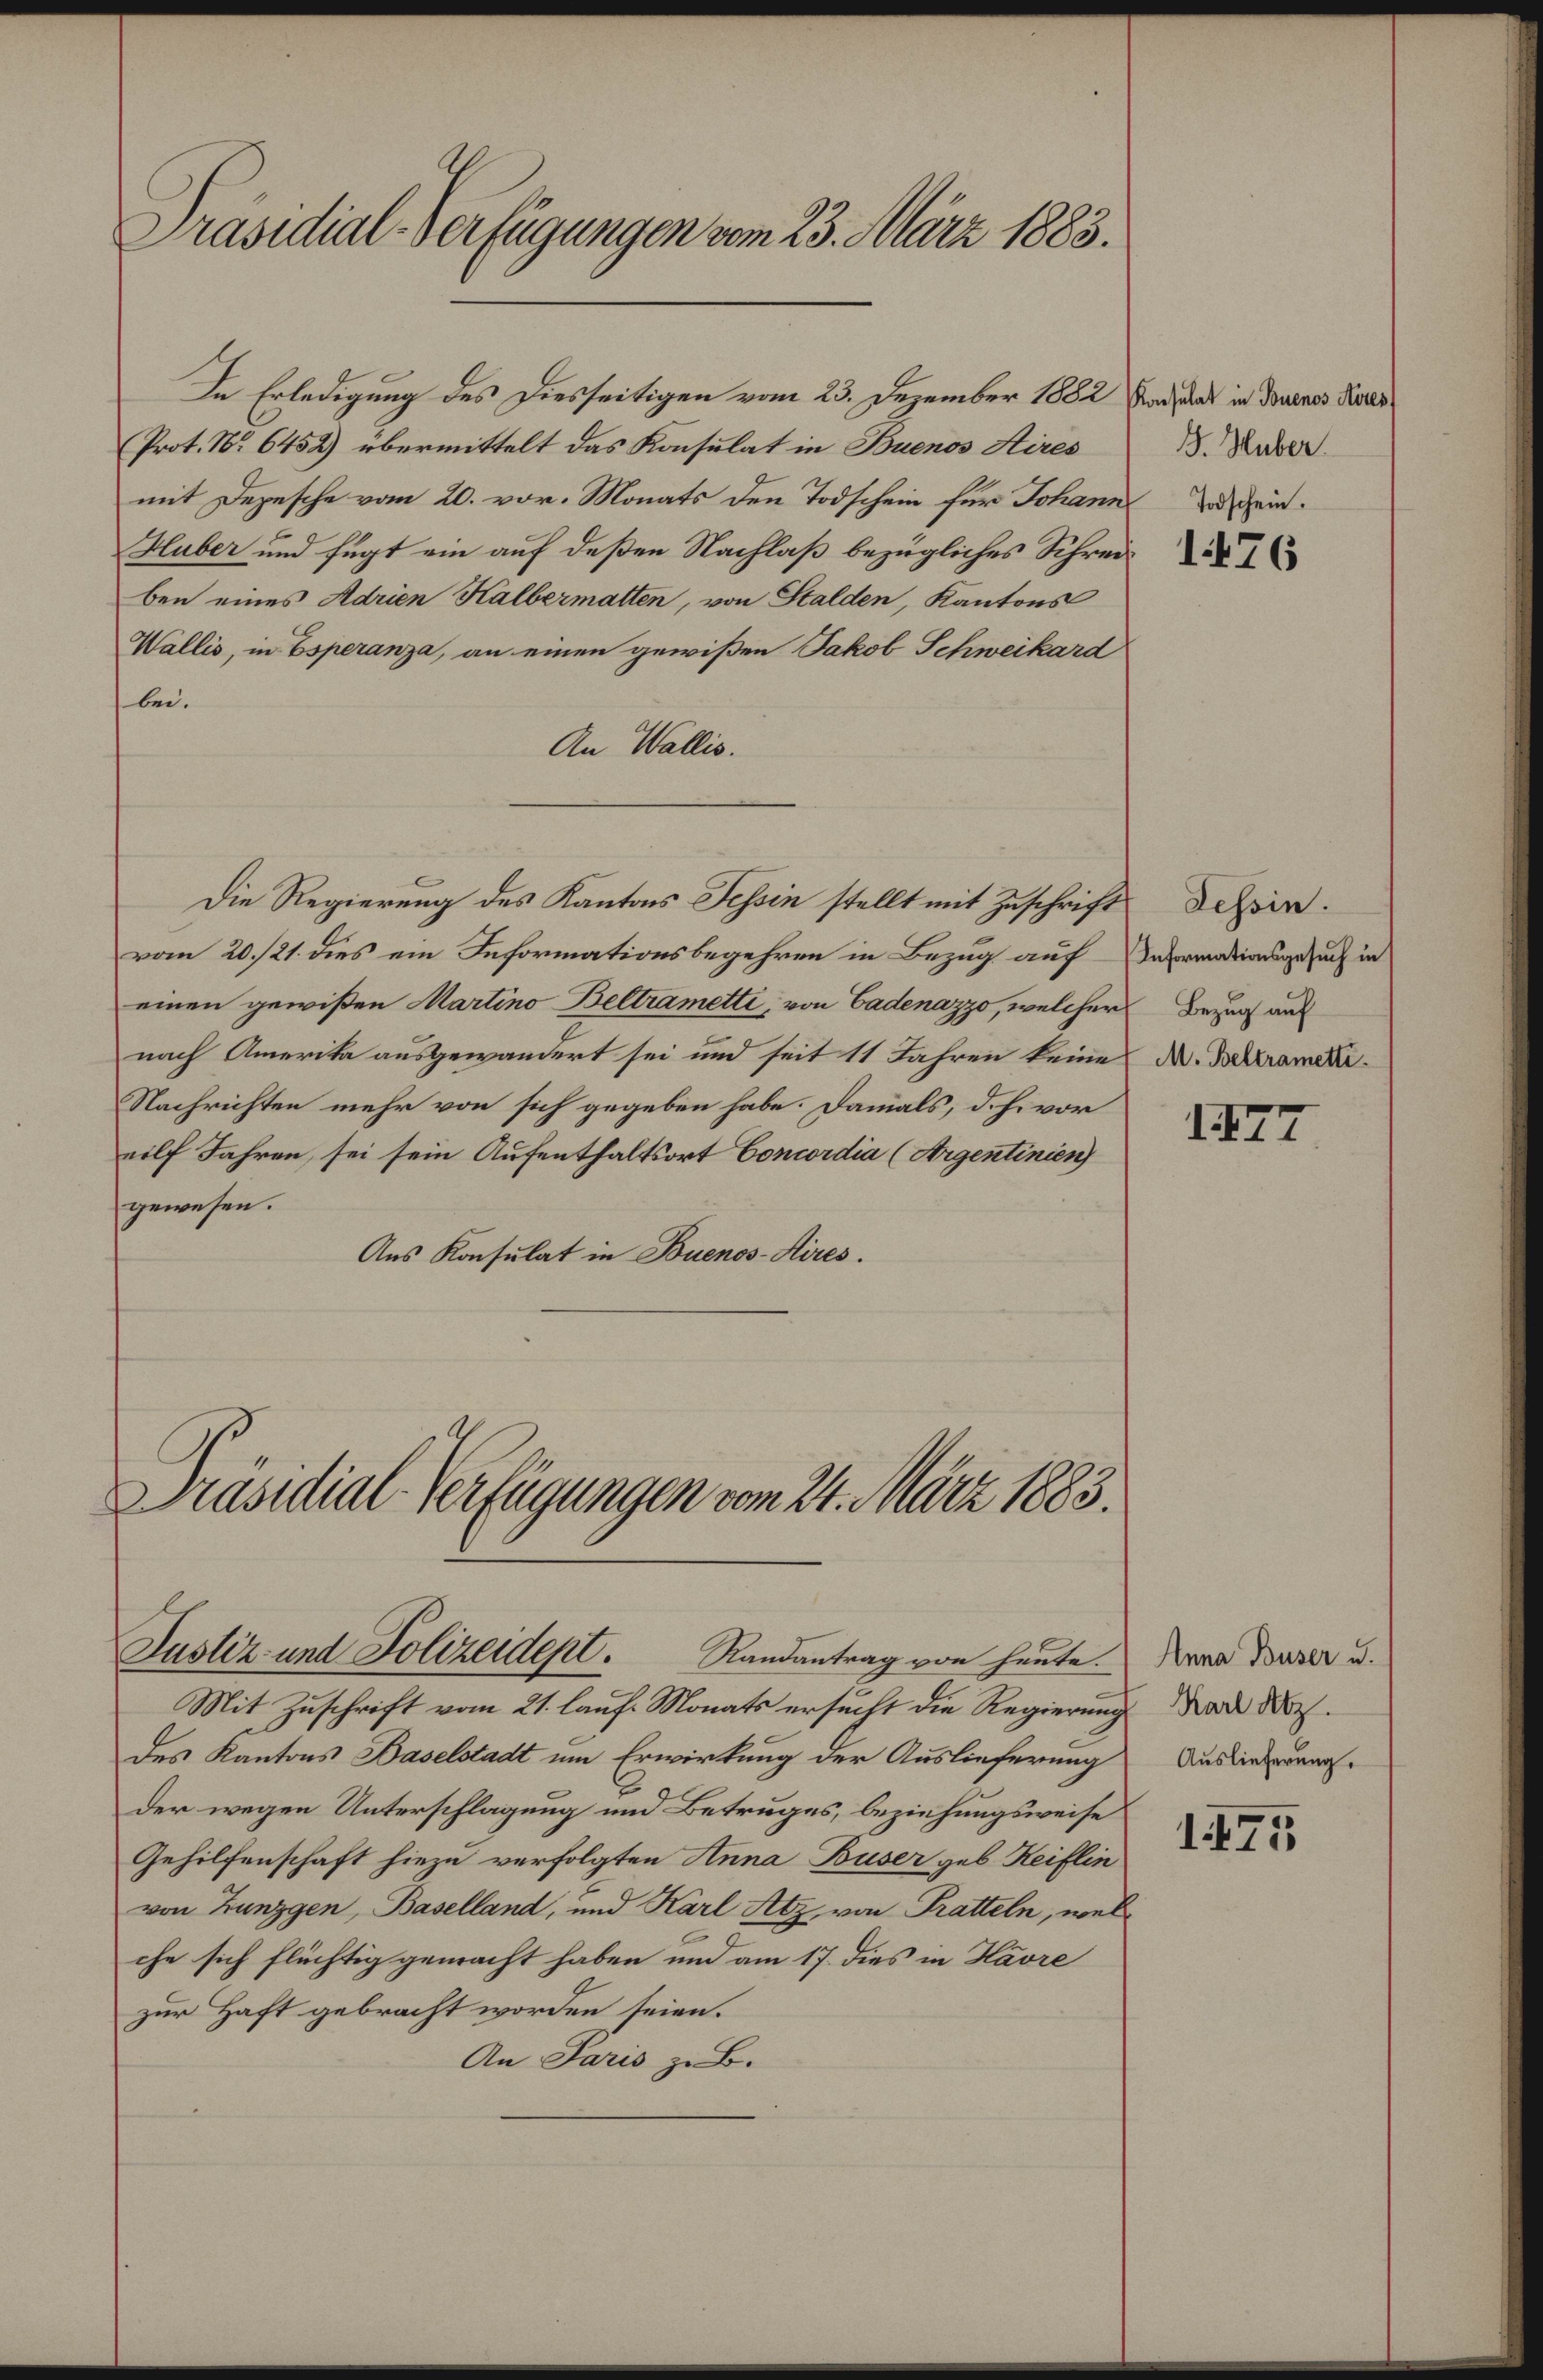
2asihieah dA Eügengen vn 2. nr 18.
nsulat in Aner Mils
. Rabr
Trschein.
1426
Se Eoledizung des Dsseitgen vm 23. pDzanker N82
Prot. N8. 6452 ebermittelt das Konsulat in Bnnas ä
mit Dezesche vom 2. vor. Monats den Tedschein fur Solane
Nater und fügt ein auf deßen Nachlaß bezügliches Schreu
ben eines ien Salbermalten, von Halden, Kantons
Vällis, in Bspraza, an einen gewißen Sakol Schwikard
. bei.
An allis
Sehöin.
afrmatinlgesuh int
Bezug auf
A. Mllrameti.
1872
die Regierung des Kantns hein stelt mit Zuschrifs
vom 20. 21 dies ein Seformationsbegehren in Bezug auf
einen gewißen antins Beltameti, von batenazzs welcher
nach Amerik ausgewandert sei und seit 11 Sahren keine
Nachrihten mehr von sich gegeben habe. Damals, dch. wor
ailf Sahron, sei sein Aufenthaltort Bonmwndie (Azenlnan
gewesen.
Aus Konsulat in Bnos as.
u.0.ti0h ArEtgltgegn rn ttn t N83.
ena Darr u.
al .
Auslieferung
1857
Jeslt ent Solzeies Sandentagve saute
Mit Zuschrift vom 21 lauf. Monats ersucht die Regierung
des Kantons Baselsatl nn Erwirtung der Ausliefrrung
der wegen Unterschlagung und Betrüges, bziehungsuweise
Gehilfenschaft hiezu verfolgten Sene aer geb Reiflin
von Kanzgen Baallant, und Rarl z von Katele, wel
che sich flächtig gemacht haben und am 17. des in Räon
zur Haft gebracht worden seien.
An Sans z.